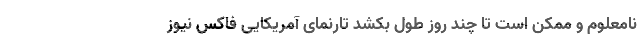
نامعلوم و ممکن است تا چند روز طول بکشد تارنمای آمریکایی فاکس نیوز